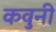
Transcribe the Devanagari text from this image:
कवुनी